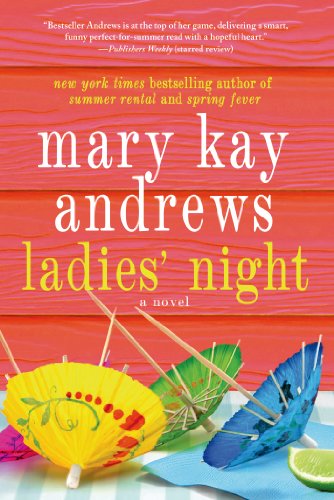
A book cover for Ladies' Night; Mary Kay Andrews; Literature & Fiction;